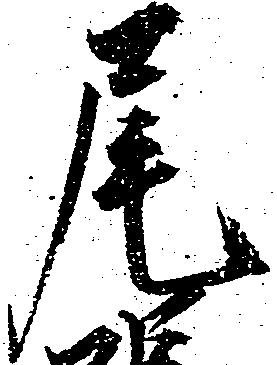
尾